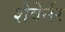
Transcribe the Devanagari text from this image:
शेवेर्नर